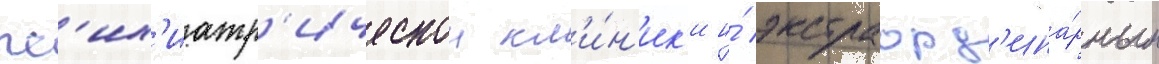
пс'их'иатр'ическои кл'и́н'ик'и и́ экстраорд'ина́рным